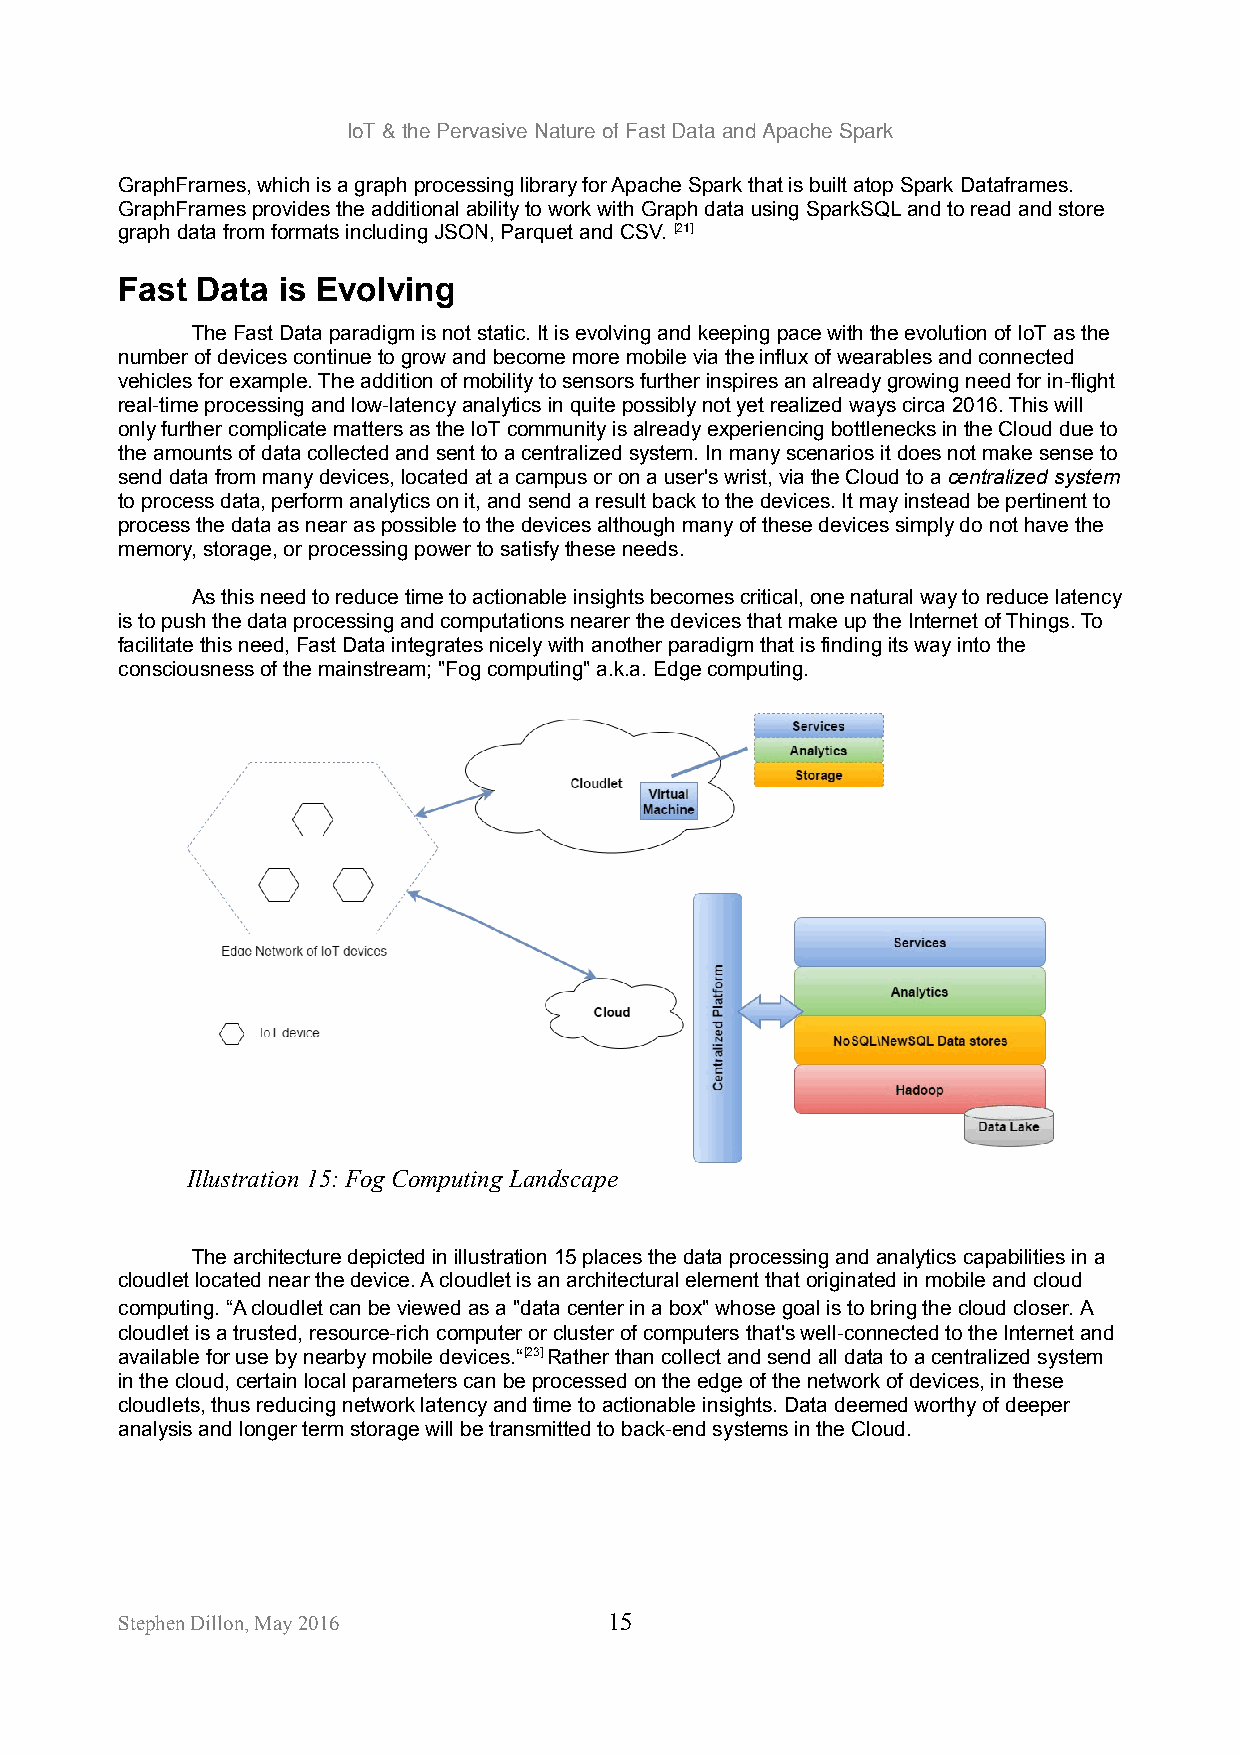
IoT & the Pervasive Nature of Fast Data and Apache Spark
 GraphFrames, which is a graph processing library for Apache Spark that is built atop Spark Dataframes.
 GraphFrames provides the additional ability to work with Graph data using SparkSQL and to read and store
 graph data from formats including JSON, Parquet and CSV. [21]
 Fast Data is Evolving
 The Fast Data paradigm is not static. It is evolving and keeping pace with the evolution of IoT as the
 number of devices continue to grow and become more mobile via the influx of wearables and connected
 vehicles for example. The addition of mobility to sensors further inspires an already growing need for in-flight
 real-time processing and low-latency analytics in quite possibly not yet realized ways circa 2016. This will
 only further complicate matters as the IoT community is already experiencing bottlenecks in the Cloud due to
 the amounts of data collected and sent to a centralized system. In many scenarios it does not make sense to
 send data from many devices, located at a campus or on a user's wrist, via the Cloud to a centralized system
 to process data, perform analytics on it, and send a result back to the devices. It may instead be pertinent to
 process the data as near as possible to the devices although many of these devices simply do not have the
 memory, storage, or processing power to satisfy these needs.
 As this need to reduce time to actionable insights becomes critical, one natural way to reduce latency
 is to push the data processing and computations nearer the devices that make up the Internet of Things. To
 facilitate this need, Fast Data integrates nicely with another paradigm that is finding its way into the
 consciousness of the mainstream; "Fog computing" a.k.a. Edge computing.
 Illustration 15: Fog Computing Landscape
 The architecture depicted in illustration 15 places the data processing and analytics capabilities in a
 cloudlet located near the device. A cloudlet is an architectural element that originated in mobile and cloud
 computing. “A cloudlet can be viewed as a "data center in a box" whose goal is to bring the cloud closer. A
 cloudlet is a trusted, resource-rich computer or cluster of computers that's well-connected to the Internet and
 available for use by nearby mobile devices.“[23] Rather than collect and send all data to a centralized system
 in the cloud, certain local parameters can be processed on the edge of the network of devices, in these
 cloudlets, thus reducing network latency and time to actionable insights. Data deemed worthy of deeper
 analysis and longer term storage will be transmitted to back-end systems in the Cloud.
 Stephen Dillon, May 2016        15